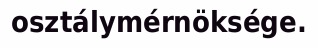
osztálymérnöksége.